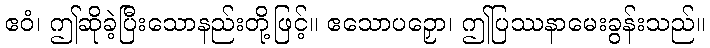
ဧဝံ၊ ဤဆိုခဲ့ပြီးသောနည်းတို့ဖြင့်။ ဧသောပဉှော၊ ဤပြဿနာမေးခွန်းသည်။